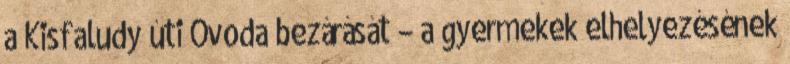
a Kisfaludy úti Óvoda bezárását – a gyermekek elhelyezésének